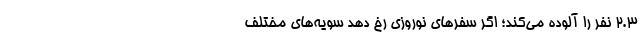
2‌.3 نفر را آلوده می‌کند؛ اگر سفرهای نوروزی رخ دهد سویه‌های مختلف